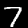
Label: 7